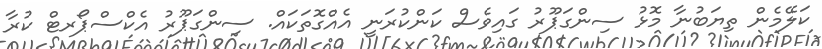
ކަލޭމެން ތިޔަބުނާ މޮޅު ސިންގަޕޫރު ގައިވެސް ކަންކުރަނީ އެއްގޮތަކައް. ސިންގަޕޫރު އެކްސްޕޯރޓް ކުރާ